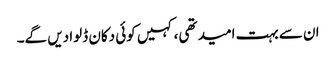
ان سے بہت امید تھی، کہیں کوئی دکان ڈلوا دیں گے۔